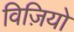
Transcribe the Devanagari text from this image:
विज़ियो